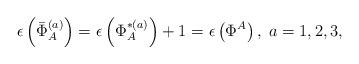
LaTeX: \begin{align*}\epsilon \left( \bar{\Phi}_{A}^{(a)}\right) =\epsilon \left( \Phi_{A}^{*(a)}\right) +1=\epsilon \left( \Phi ^{A}\right) ,\;a=1,2,3,\end{align*}